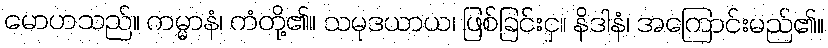
မောဟသည်။ ကမ္မာနံ၊ ကံတို့၏။ သမုဒယာယ၊ ဖြစ်ခြင်းငှ။ နိဒါနံ၊ အကြောင်းမည်၏။